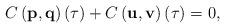
LaTeX: \begin{align*} C\left(\mathbf{p},\mathbf{q}\right)(\tau) + C\left(\mathbf{u},\mathbf{v}\right)(\tau) =0,\end{align*}